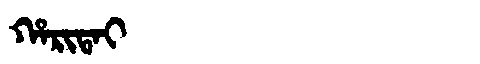
Manchu: ᡥᠠᡵᡳᡨᠠᡳ
Romanization: HARITAI